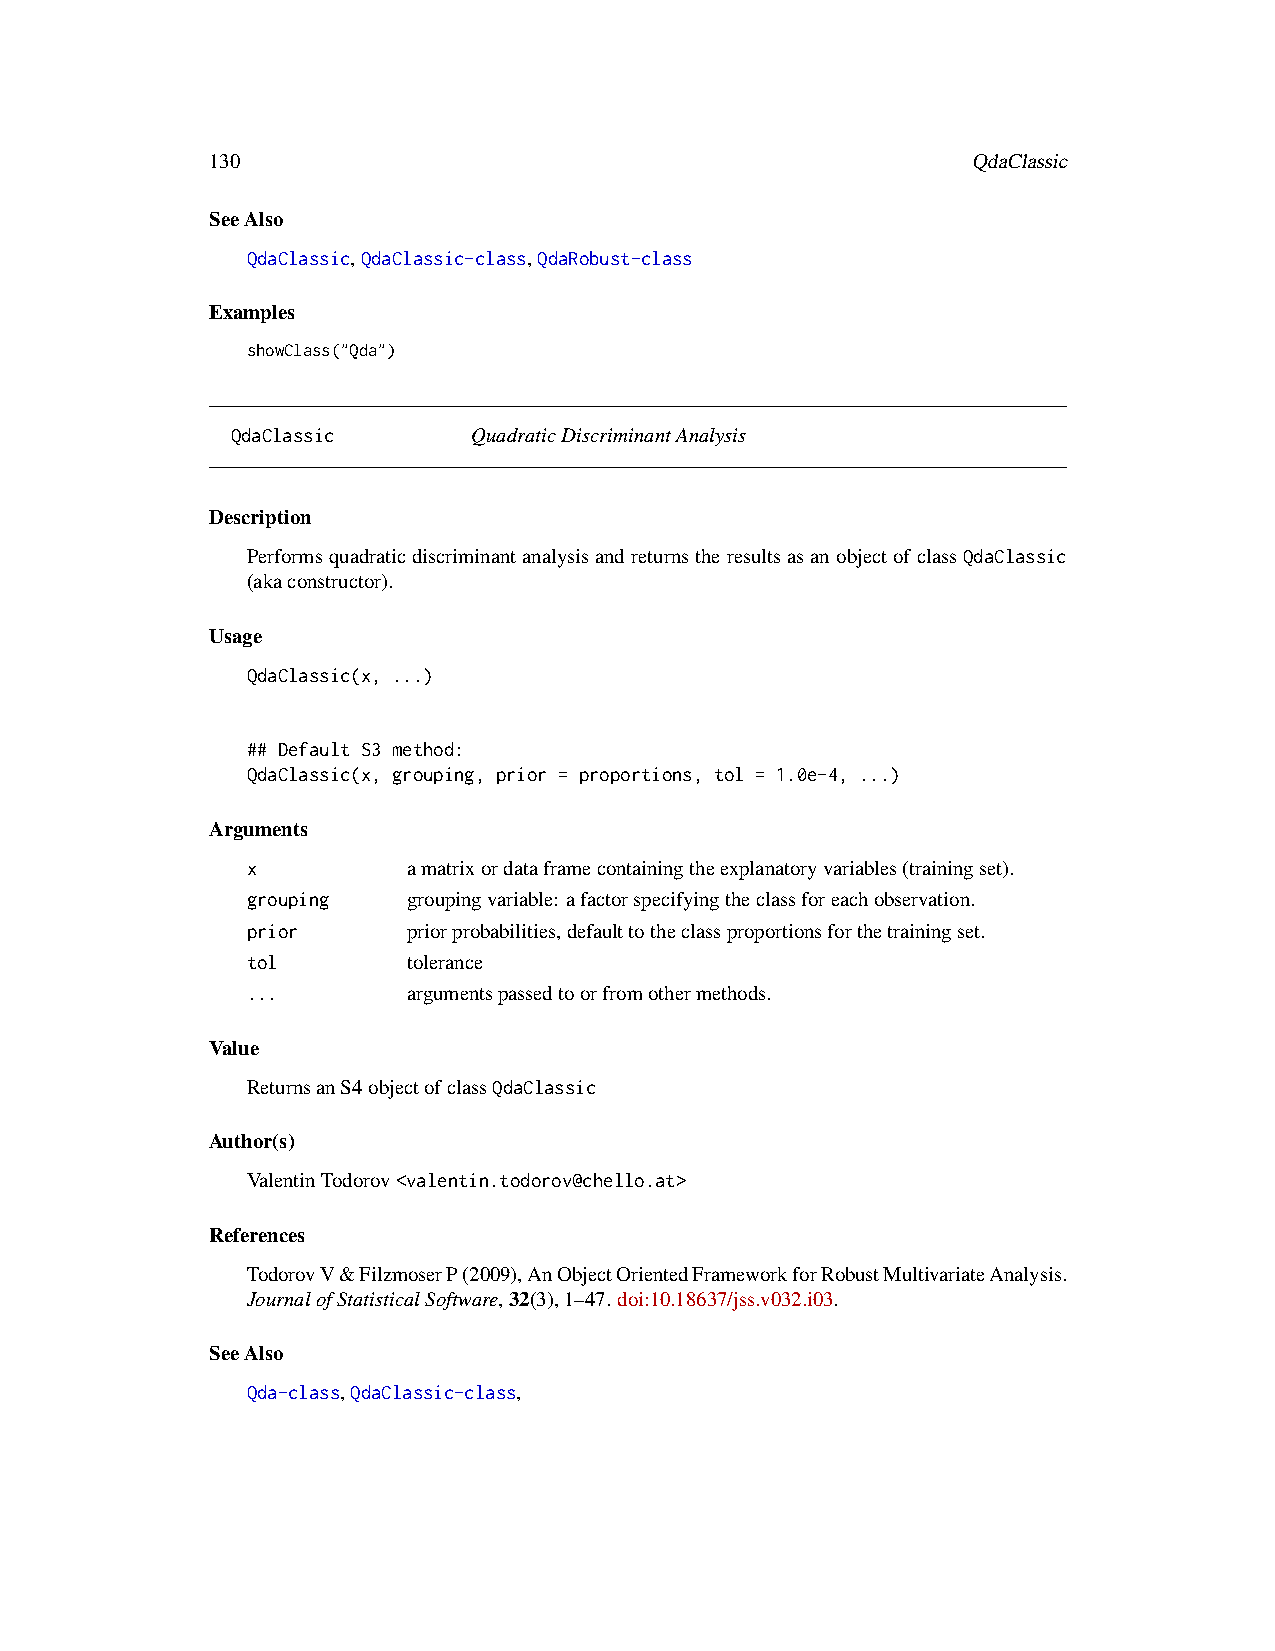
130                                               QdaClassic
 SeeAlso
 QdaClassic,QdaClassic-class,QdaRobust-class
 Examples
 showClass("Qda")
 QdaClassic      QuadraticDiscriminantAnalysis
 Description
 PerformsquadraticdiscriminantanalysisandreturnstheresultsasanobjectofclassQdaClassic
 (akaconstructor).
 Usage
 QdaClassic(x, ...)
 ## Default S3 method:
 QdaClassic(x, grouping, prior = proportions, tol = 1.0e-4, ...)
 Arguments
 x          amatrixordataframecontainingtheexplanatoryvariables(trainingset).
 grouping   groupingvariable: afactorspecifyingtheclassforeachobservation.
 prior      priorprobabilities,defaulttotheclassproportionsforthetrainingset.
 tol        tolerance
 ...        argumentspassedtoorfromothermethods.
 Value
 ReturnsanS4objectofclassQdaClassic
 Author(s)
 ValentinTodorov<valentin.todorov@chello.at>
 References
 TodorovV&FilzmoserP(2009),AnObjectOrientedFrameworkforRobustMultivariateAnalysis.
 JournalofStatisticalSoftware,32(3),1–47. doi:10.18637/jss.v032.i03.
 SeeAlso
 Qda-class,QdaClassic-class,